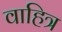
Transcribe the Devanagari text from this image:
वाहित्र